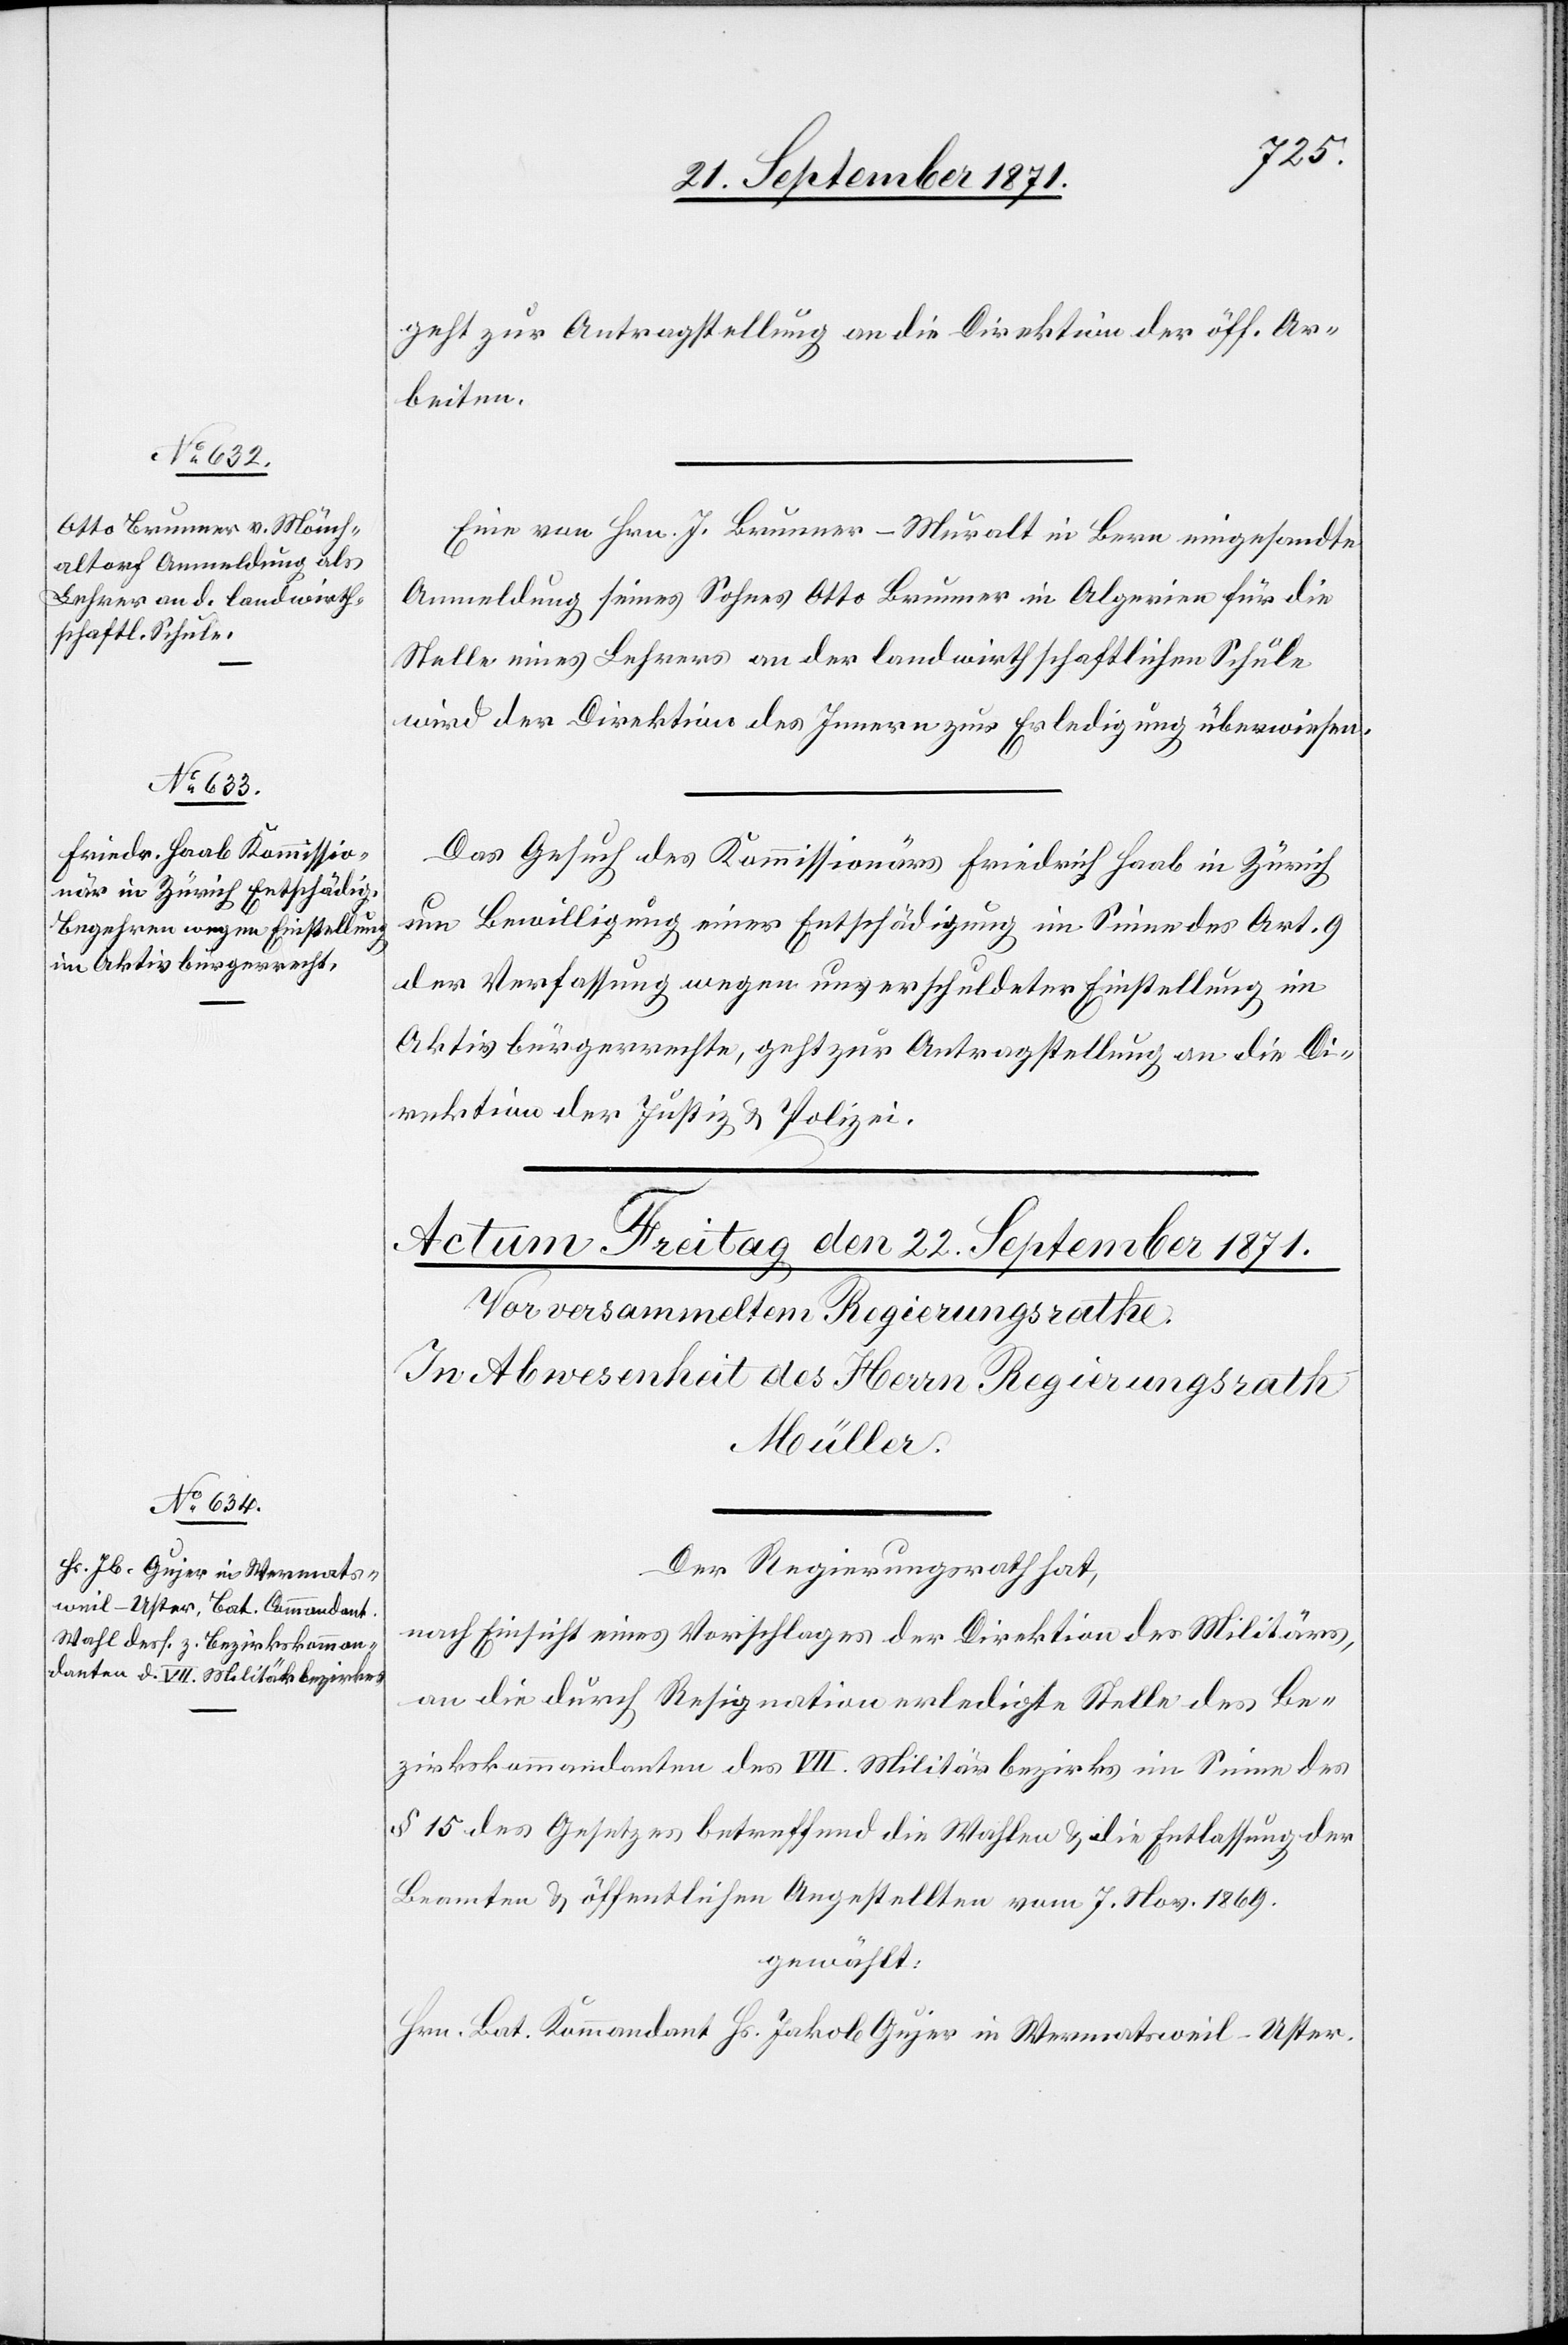
21. September 1871]
geht zur Antragstellung an die Direktion der öff. Ar¬
beiten.
Eine von Hrn. J. Brunner-Muralt in Bern eingesandte
Anmeldung seines Sohnes Otto Brunner in Algerien für die
Stelle eines Lehrers an der landwirthschaftlichen Schule
wird der Direktion des Innern zur Erledigung überwiesen.
Das Gesuch des Kommissionärs Friedrich Haab in Zürich
um Bewilligung einer Entschädigung im Sinne des Art. 9
der Verfassung wegen unverschuldeter Einstellung im
Aktivbürgerrechte, geht zur Antragstellung an die Di¬
rektion der Justiz & Polizei.
Der Regierungsrath hat,
nach Einsicht eins Vorschlages der Direktion des Militärs,
an die durch Resignation erledigte Stelle des Be¬
zirkskommandanten des VII. Militärbezirks im Sinne des
§ 15 des Gesetzes betreffend die Wahlen & die Entlassung der
Beamten & öffentlichen Angestellten vom 7. Nov. 1869.
gewählt:
Hrn. Bat. Kommandant Hs. Jakob Gujer in Wermatsweil-Uster.